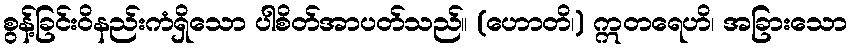
စွန့်ခြင်းဝိနည်းကံရှိသော ပါစိတ်အာပတ်သည်။ (ဟောတိ၊) ဣတရေဟိ၊ အခြားသော